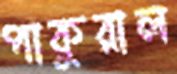
পাকুরাল